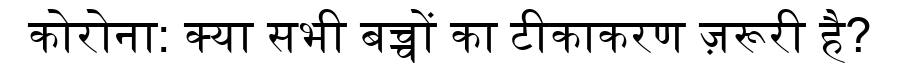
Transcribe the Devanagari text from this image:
कोरोना: क्या सभी बच्चों का टीकाकरण ज़रूरी है?